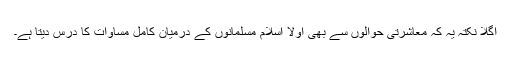
اگلا نکتہ یہ کہ معاشرتی حوالوں سے بھی اولاً اسلام مسلمانوں کے درمیان کامل مساوات کا درس دیتا ہے۔